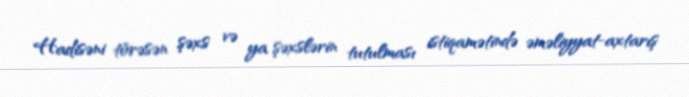
Hadisəni törəsən şəxs və ya şəxslərin tutulması istiqamətində əməliyyat-axtarış